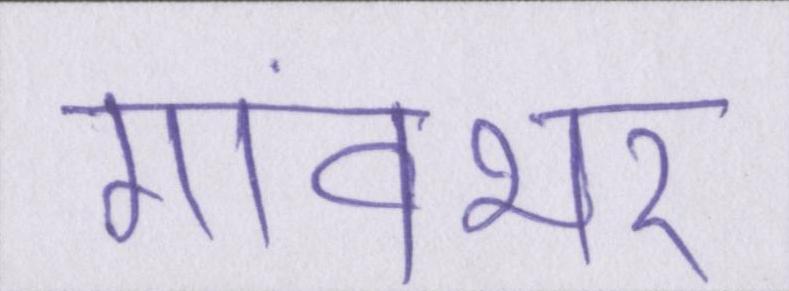
गांवभर